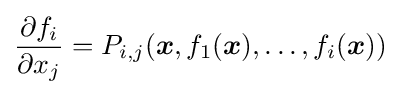
{\frac {\partial f_{i}}{\partial x_{j}}}=P_{i,j}({\boldsymbol {x}},f_{1}({\boldsymbol {x}}),\ldots ,f_{i}({\boldsymbol {x}}))